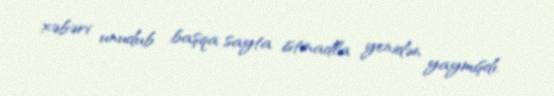
xəbəri unudub başqa sayta istinadla yenidən yaymışdı.